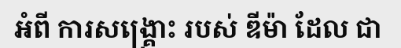
អំពី ការសង្គ្រោះ របស់ ឌីម៉ា ដែល ជា